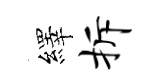
繹拆